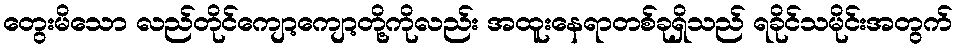
တွေးမိသော လည်တိုင်ကျော့ကျော့တို့ကိုလည်း အထူးနေရာတစ်ခုရှိသည် ရခိုင်သမိုင်းအတွက်